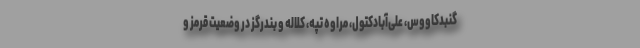
گنبدکاووس، علی‌آبادکتول، مراوه تپه، کلاله و بندرگز در وضعیت قرمز و